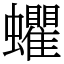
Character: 蠷